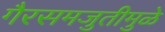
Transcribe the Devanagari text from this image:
गैरसमजुतीमुळे